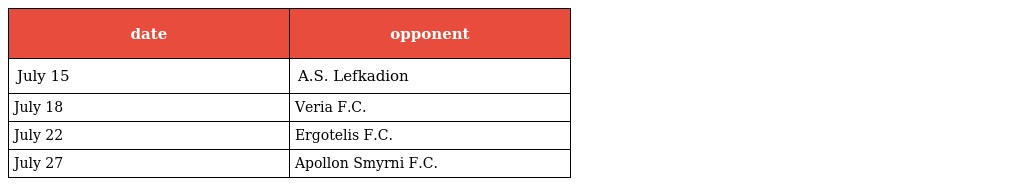
| date | opponent |
 | --- | --- |
 | July 15 | A.S. Lefkadion |
 | July 18 | Veria F.C. |
 | July 22 | Ergotelis F.C. |
 | July 27 | Apollon Smyrni F.C. |